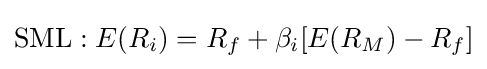
\mathrm {SML} :E(R_{i})=R_{f}+\beta _{i}[E(R_{M})-R_{f}]